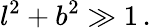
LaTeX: l^{2}+b^{2}\gg 1\, .